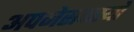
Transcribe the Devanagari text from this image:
अपनेसदस्यों